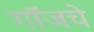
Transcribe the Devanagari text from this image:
गॉजचे